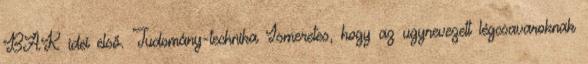
BAK idei első. Tudomány-technika Ismeretes, hogy az ugynevezett légcsavaroknak